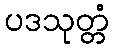
ပဒသုတ္တံ